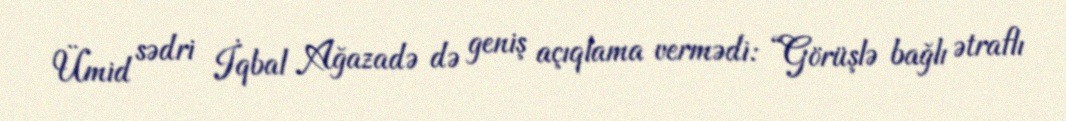
Ümid sədri İqbal Ağazadə də geniş açıqlama vermədi: “Görüşlə bağlı ətraflı